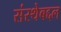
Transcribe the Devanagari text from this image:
संस्थेबद्दल